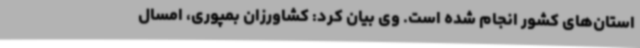
استان‌های کشور انجام شده است. وی بیان کرد: کشاورزان بمپوری، امسال